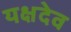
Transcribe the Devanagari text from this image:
यक्षदेव